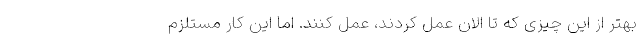
بهتر از این چیزی که تا الان عمل کردند، عمل کنند. اما این کار مستلزم